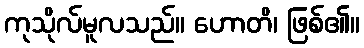
ကုသိုလ်မူလသည်။ ဟောတိ၊ ဖြစ်၏။